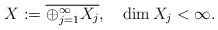
\begin{align*}X:=\overline{\oplus_{j=1}^\infty X_j},\quad \dim X_j<\infty.\end{align*}